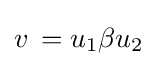
v\,=u_{1}\beta u_{2}